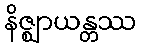
နိဇ္ဈာယန္တဿ